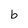
Character: b